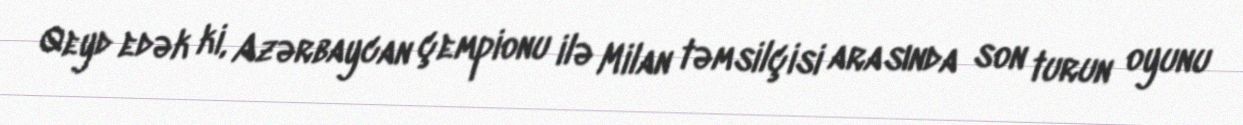
Qeyd edək ki, Azərbaycan çempionu ilə Milan təmsilçisi arasında son turun oyunu